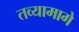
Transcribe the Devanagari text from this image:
तव्यामागे